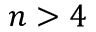
n > 4